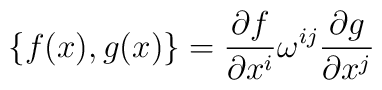
\{f(x),g(x)\} = \frac{\partial f}{\partial x^i}\omega^{ij}\frac{\partial g}{\partial x^j}